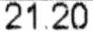
21.20